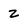
Character: z